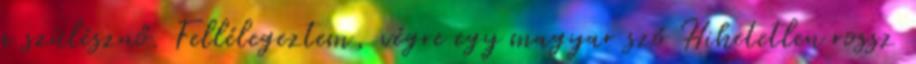
a szülésznő. Fellélegeztem, végre egy magyar szó Hihetetlen rossz